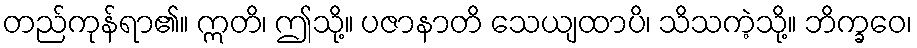
တည်ကုန်ရာ၏။ ဣတိ၊ ဤသို့။ ပဇာနာတိ သေယျထာပိ၊ သိသကဲ့သို့။ ဘိက္ခဝေ၊